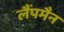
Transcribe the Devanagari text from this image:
लैंपमैन